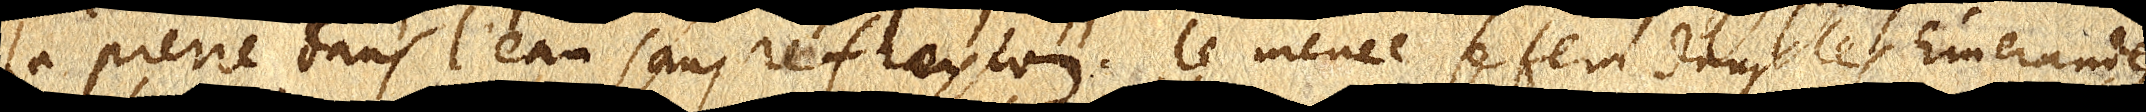
la pierre dans l’eau sans reflexion, le même se fera dans les Émeraudes